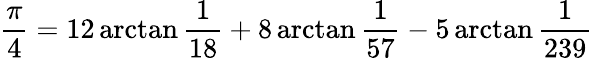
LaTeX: {\frac{\pi}{4}}=12\arctan{\frac{1}{18}}+8\arctan{\frac{1}{57}}-5\arctan{\frac{1}{239}}